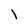
Character: l